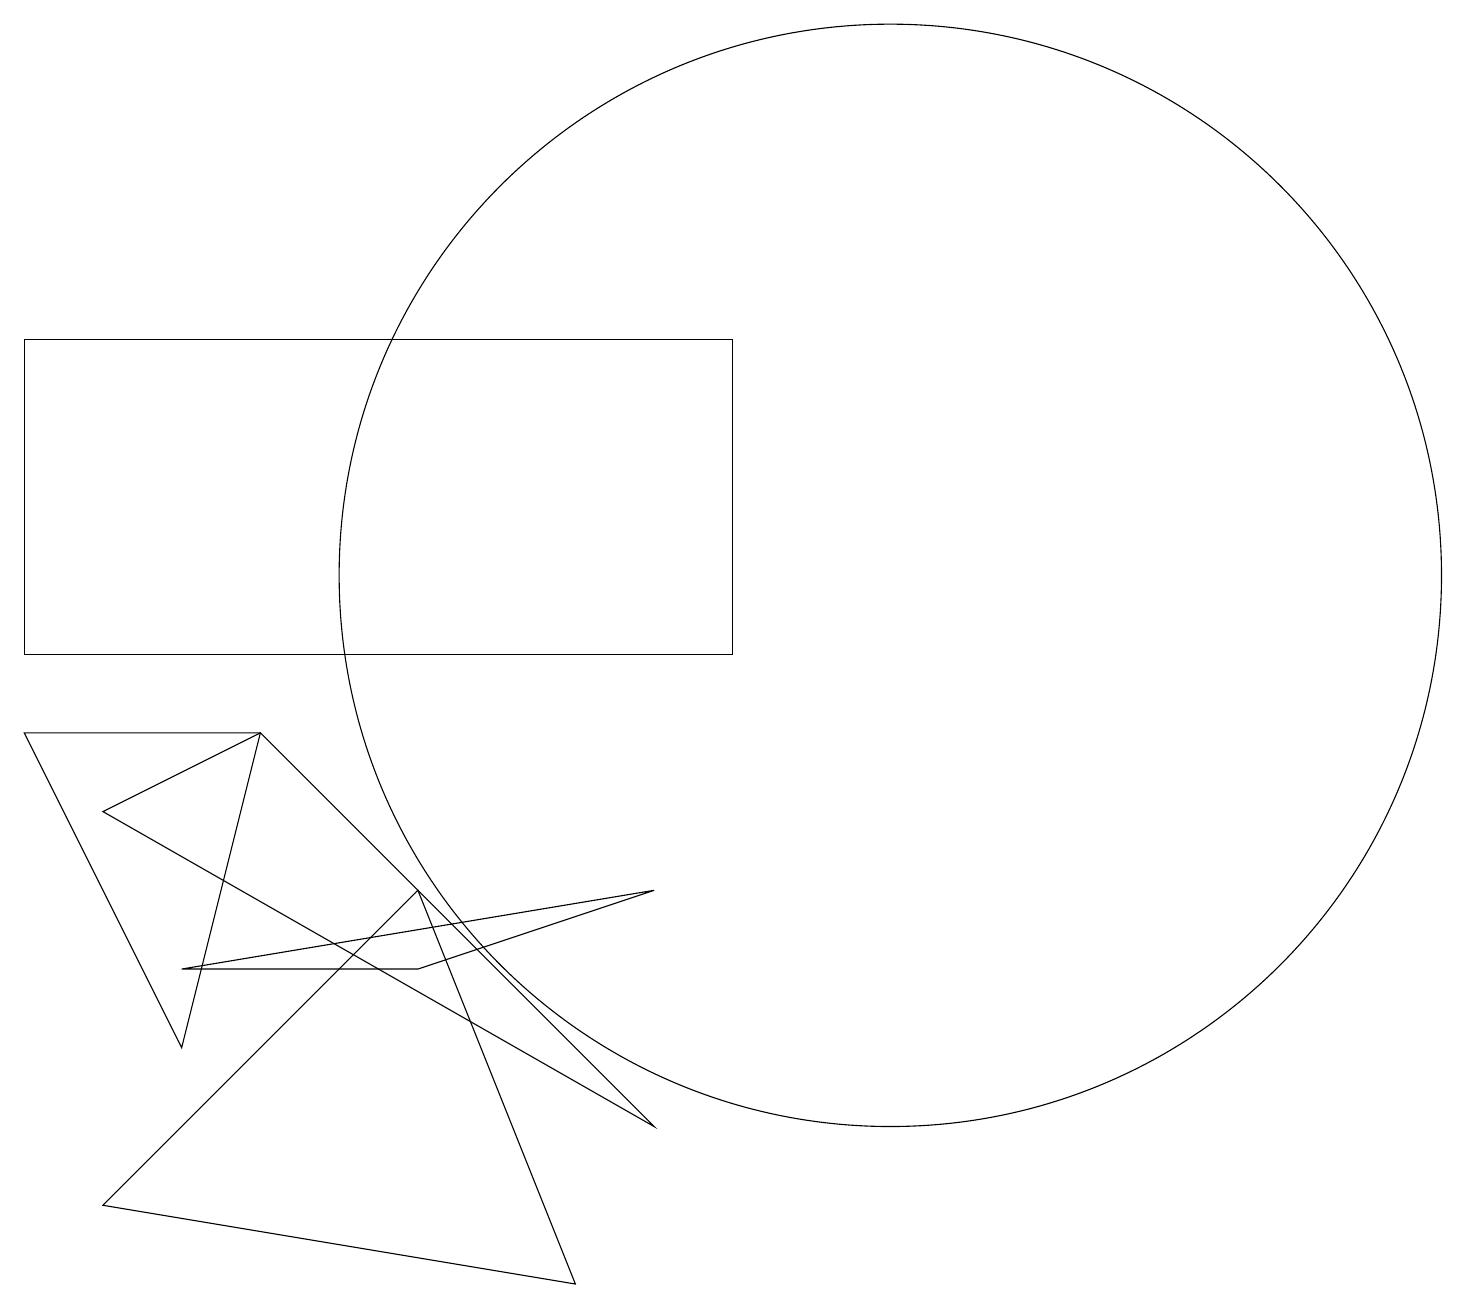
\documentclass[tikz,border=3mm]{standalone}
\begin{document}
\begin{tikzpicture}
\draw (3,9) -- (0,9) -- (2,5) -- cycle;
\draw (3,9) -- (1,8) -- (8,4) -- cycle;
\draw (0,14) rectangle (9,10);
\draw (5,6) -- (8,7) -- (2,6) -- cycle;
\draw (5,7) -- (1,3) -- (7,2) -- cycle;
\draw (11,11) circle (7);
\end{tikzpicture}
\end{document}